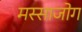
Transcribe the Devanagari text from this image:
मस्साजोग